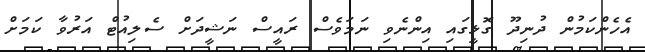
އެހެންކަމުން ދުނިދޫ ގޮޅީގައި އިންނެވި ނަމަވެސް ރައީސް ނަޝީދަށް ސެލިއުޓް އަރުވާ ކަމަށް